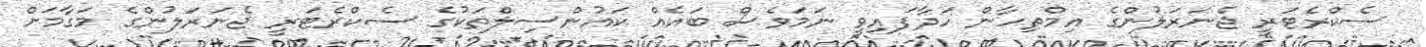
ސެކްރެޓަރީ ޖެނަރަލުންގެ އިމްތިހާން ހަދާފައިވީ ނަމަވެސް ބައެއް ކައުންސިލްތަކުގެ ސެކްރެޓަރީ ޖެނަރަލުންގެ މަގާމަށް